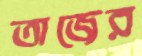
তাজের